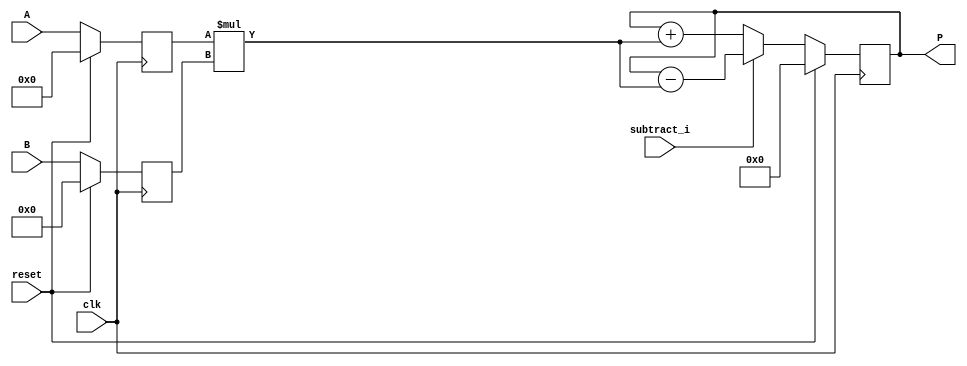
module all_synth_options_dsp_mul_signed_reg_with_accum (clk, reset, subtract_i, A, B, P);
	input clk, reset, subtract_i;
	input signed [19:0] A;
	input signed [17:0] B;
	output reg signed [37:0] P;
	reg signed [19:0] i1;
	reg signed [17:0] i2;
	reg signed [37:0] mul, add_or_sub;
	always @(posedge clk) begin
		if(reset == 1) begin
			i1 <= 0;
			i2 <= 0;
		end
		else begin
			i1 <= A;
			i2 <= B;
		end
	end
	always @(posedge clk) begin
		if (reset ==1 )
			P <= 0;
		else 
			P<= add_or_sub;

	end

	always @ (*)  begin
		mul  = i1 * i2;
	end

	always @ (*)  begin
		if (subtract_i)
			add_or_sub = P - mul;
		else
			add_or_sub = P + mul;
	end
endmodule